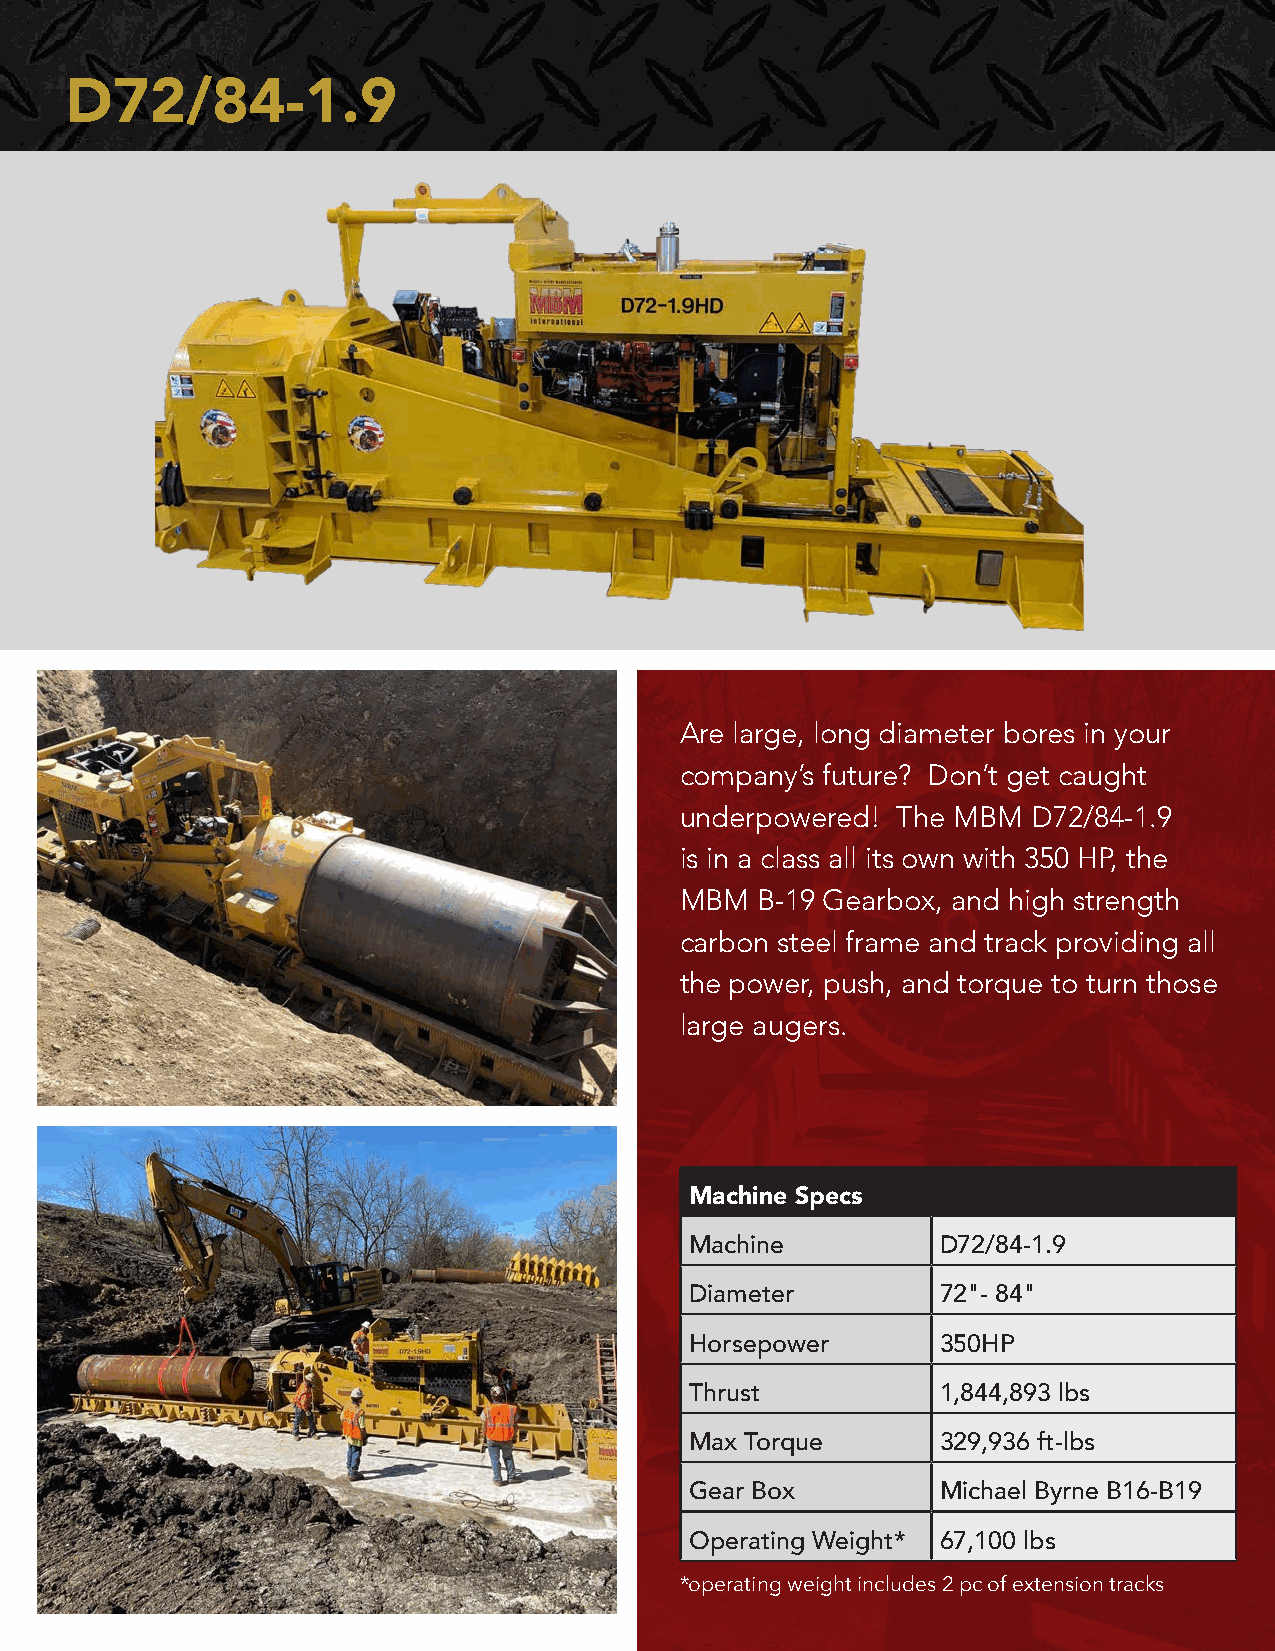
D72/84-1.9
 Are large, long diameter bores in your
 company’s future? Don’t get caught
 underpowered! The MBM  D72/84-1.9
 is in a class all its own with 350 HP, the
 MBM  B-19 Gearbox, and high strength
 carbon steel frame and track providing all
 the power, push, and torque to turn those
 large augers.
 Machine Specs
 Machine         D72/84-1.9
 Diameter        72"- 84"
 Horsepower      350HP
 Thrust          1,844,893 lbs
 Max Torque      329,936 ft-lbs
 Gear Box        Michael Byrne B16-B19
 Operating Weight* 67,100 lbs
 *operating weight includes 2 pc of extension tracks